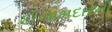
ઈનામદારની